Reports on military cantonments and civil stations in the Presidency of Bombay inspected by the Sanitary Commissioner in the years 1875 and 1876
Year: 1875
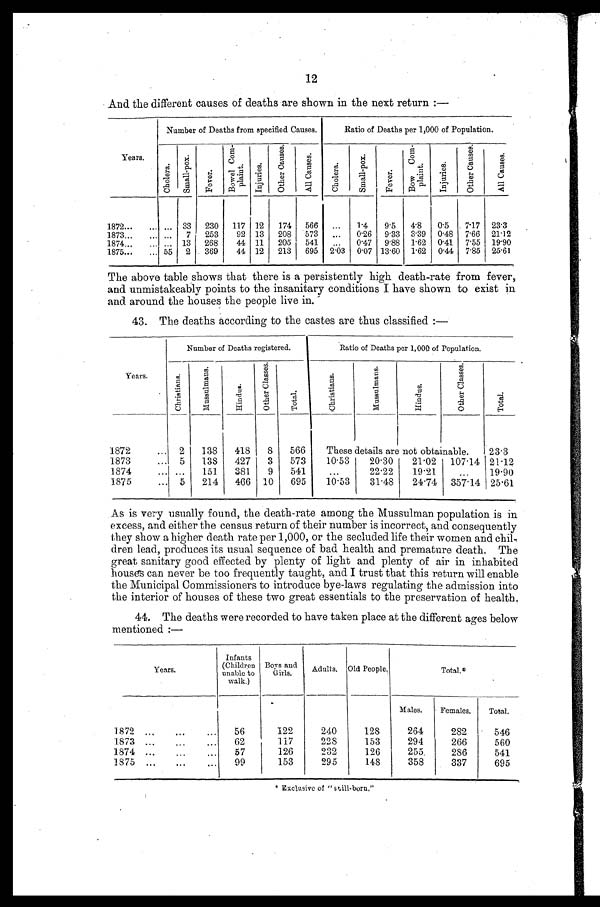
12
And the different causes of deaths are shown in the next return :—
Years .
Number of Deaths from specified Causes.
Ratio of Deaths per 1,000 of Population.
C h o l e r a .
S m a l l - p o x .
F e v e r .
B o w e l C o m - p l a i n t .
I n j u r i e s .
O t h e r C a u s e s .
A l l C a u s e s .
C h o l e r a .
S m a l l - p o x .
F e v e r .
B o w C o m - p l a i n t .
I n j u r i e s .
O t h e r C a u s e s .
A l l C a u s e s .
1872 . . .
. . . 33
230
117
12
174
566
. . .
1.4
9.5
4.8
0.5
7.17
23.3
1873 . . .
. . .
7
253
92
13
208
573
. . .
0.26
9.33
3.39
0.48
7.66
21.12
1874 . . . . . .
13
268
44 11
205
541
. . .
0.47
9.88
1.62
0.41
7.55
19.90
1875 . . . 55
2
369
44 12
213
695
2.03
0.07 13.60
1.62
0.44
7.85
25.61
The above table shows that there is a persistently high death-rate from fever,
and unmistakeably points to the insanitary conditions I have shown to exist in
and around the houses the people live in.
43. The deaths according to the castes are thus classified :—
Years.
Number of Deaths registered.
Ratio of Deaths per 1,000 of Population.
C h r i s t i a n s .
M u s s u l m a n s .
H i n d u s .
O t h e r C l a s s e s .
T o t a l .
C h r i s t i a n s .
M u s s u l m a n s .
H i n d u s .
O t h e r C l a s s e s .
T o t a l .
1872 . . .
2
138
418
8
566
These details are not obtainable.
23.3
1873 . . .
5
138
427
3
573
10.53
20.30
21.02
107.14
21.12
1874 . . .
. . .
151
381
9
541
. . .
22.22
19.21
. . .
19.90
1875 . . .
5
214
466
10
695
10.53
31.48
24.74
357.14
25.61
As is very usually found, the death-rate among the Mussulman population is in
excess, and either the census return of their number is incorrect, and consequently
they show a higher death rate per 1,000, or the secluded life their women and chi
l - d r e n l e a d , p r o d u c e s i t s u s u a l s e q u e n c e o f b a d h e a l t h a n d p r e m a t u r e d e a t h . T h e
great sanitary good effected by plenty of light and plenty of air in inhabited
houses can never be too frequently taught, and I trust that this return will enable
the Municipal Commissioners to introduce bye-laws regulating the admission into
the interior of houses of these two great essentials to the preservation of health.
44. The deaths were recorded to have taken place at the different ages below
mentioned :—
Years.
Infants
(Children
unable to
walk.)
Boys and
Girls.
Adults.
Old People.
T o t a l . *
1872 . . .
56
122
240
128
Males.
Females.
Total.
264
282
546
1873 . . .
62
117
228
153
294
266
560
1874 . . .
57
126
232
126
255
286
541
1875 . . .
99
153
295
148
358
337
695